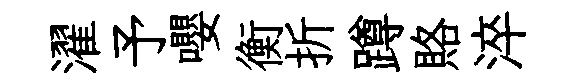
濯予嚶衡折蹲賂淬